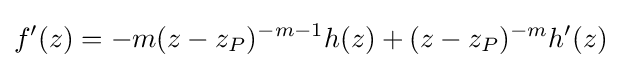
f'(z)=-m(z-z_{P})^{-m-1}h(z)+(z-z_{P})^{-m}h'(z)\,\!